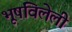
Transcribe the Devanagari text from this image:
भूषविलेली